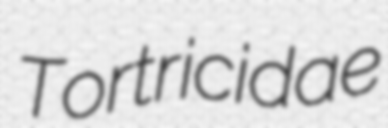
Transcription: Tortricidae